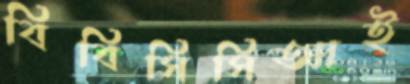
বিবিসিসিআই